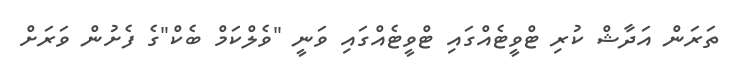
ތަރަން އަދާޝް ކުރި ޓްވީޓެއްގައި ޓްވީޓެއްގައި ވަނީ "ވެލްކަމް ބެކް"ގެ ފެށުން ވަރަށް